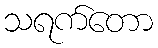
သရက်တော